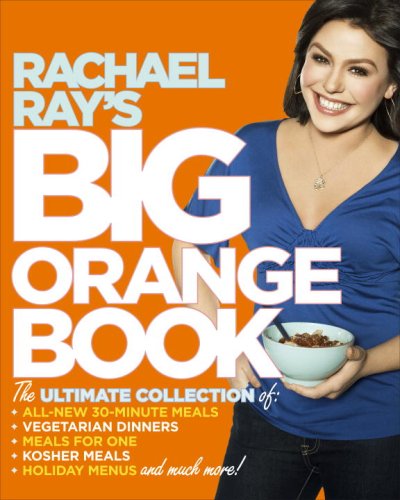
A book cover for Rachael Ray's Big Orange Book: Her Biggest Ever Collection of All-New 30-Minute Meals Plus Kosher Meals, Meals for One, Veggie Dinners, Holiday Favorites, and Much More!; Rachael Ray; Cookbooks, Food & Wine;